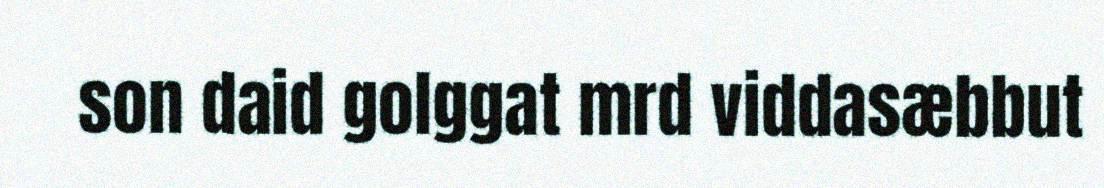
son daid golggat mrd viddasæbbut